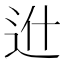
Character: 𨑮